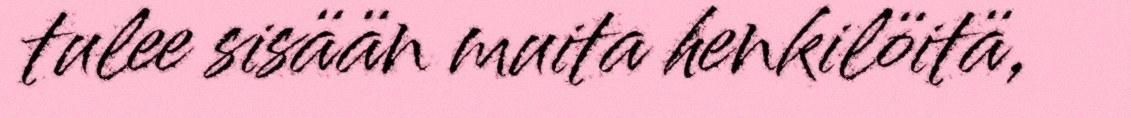
tulee sisään muita henkilöitä,